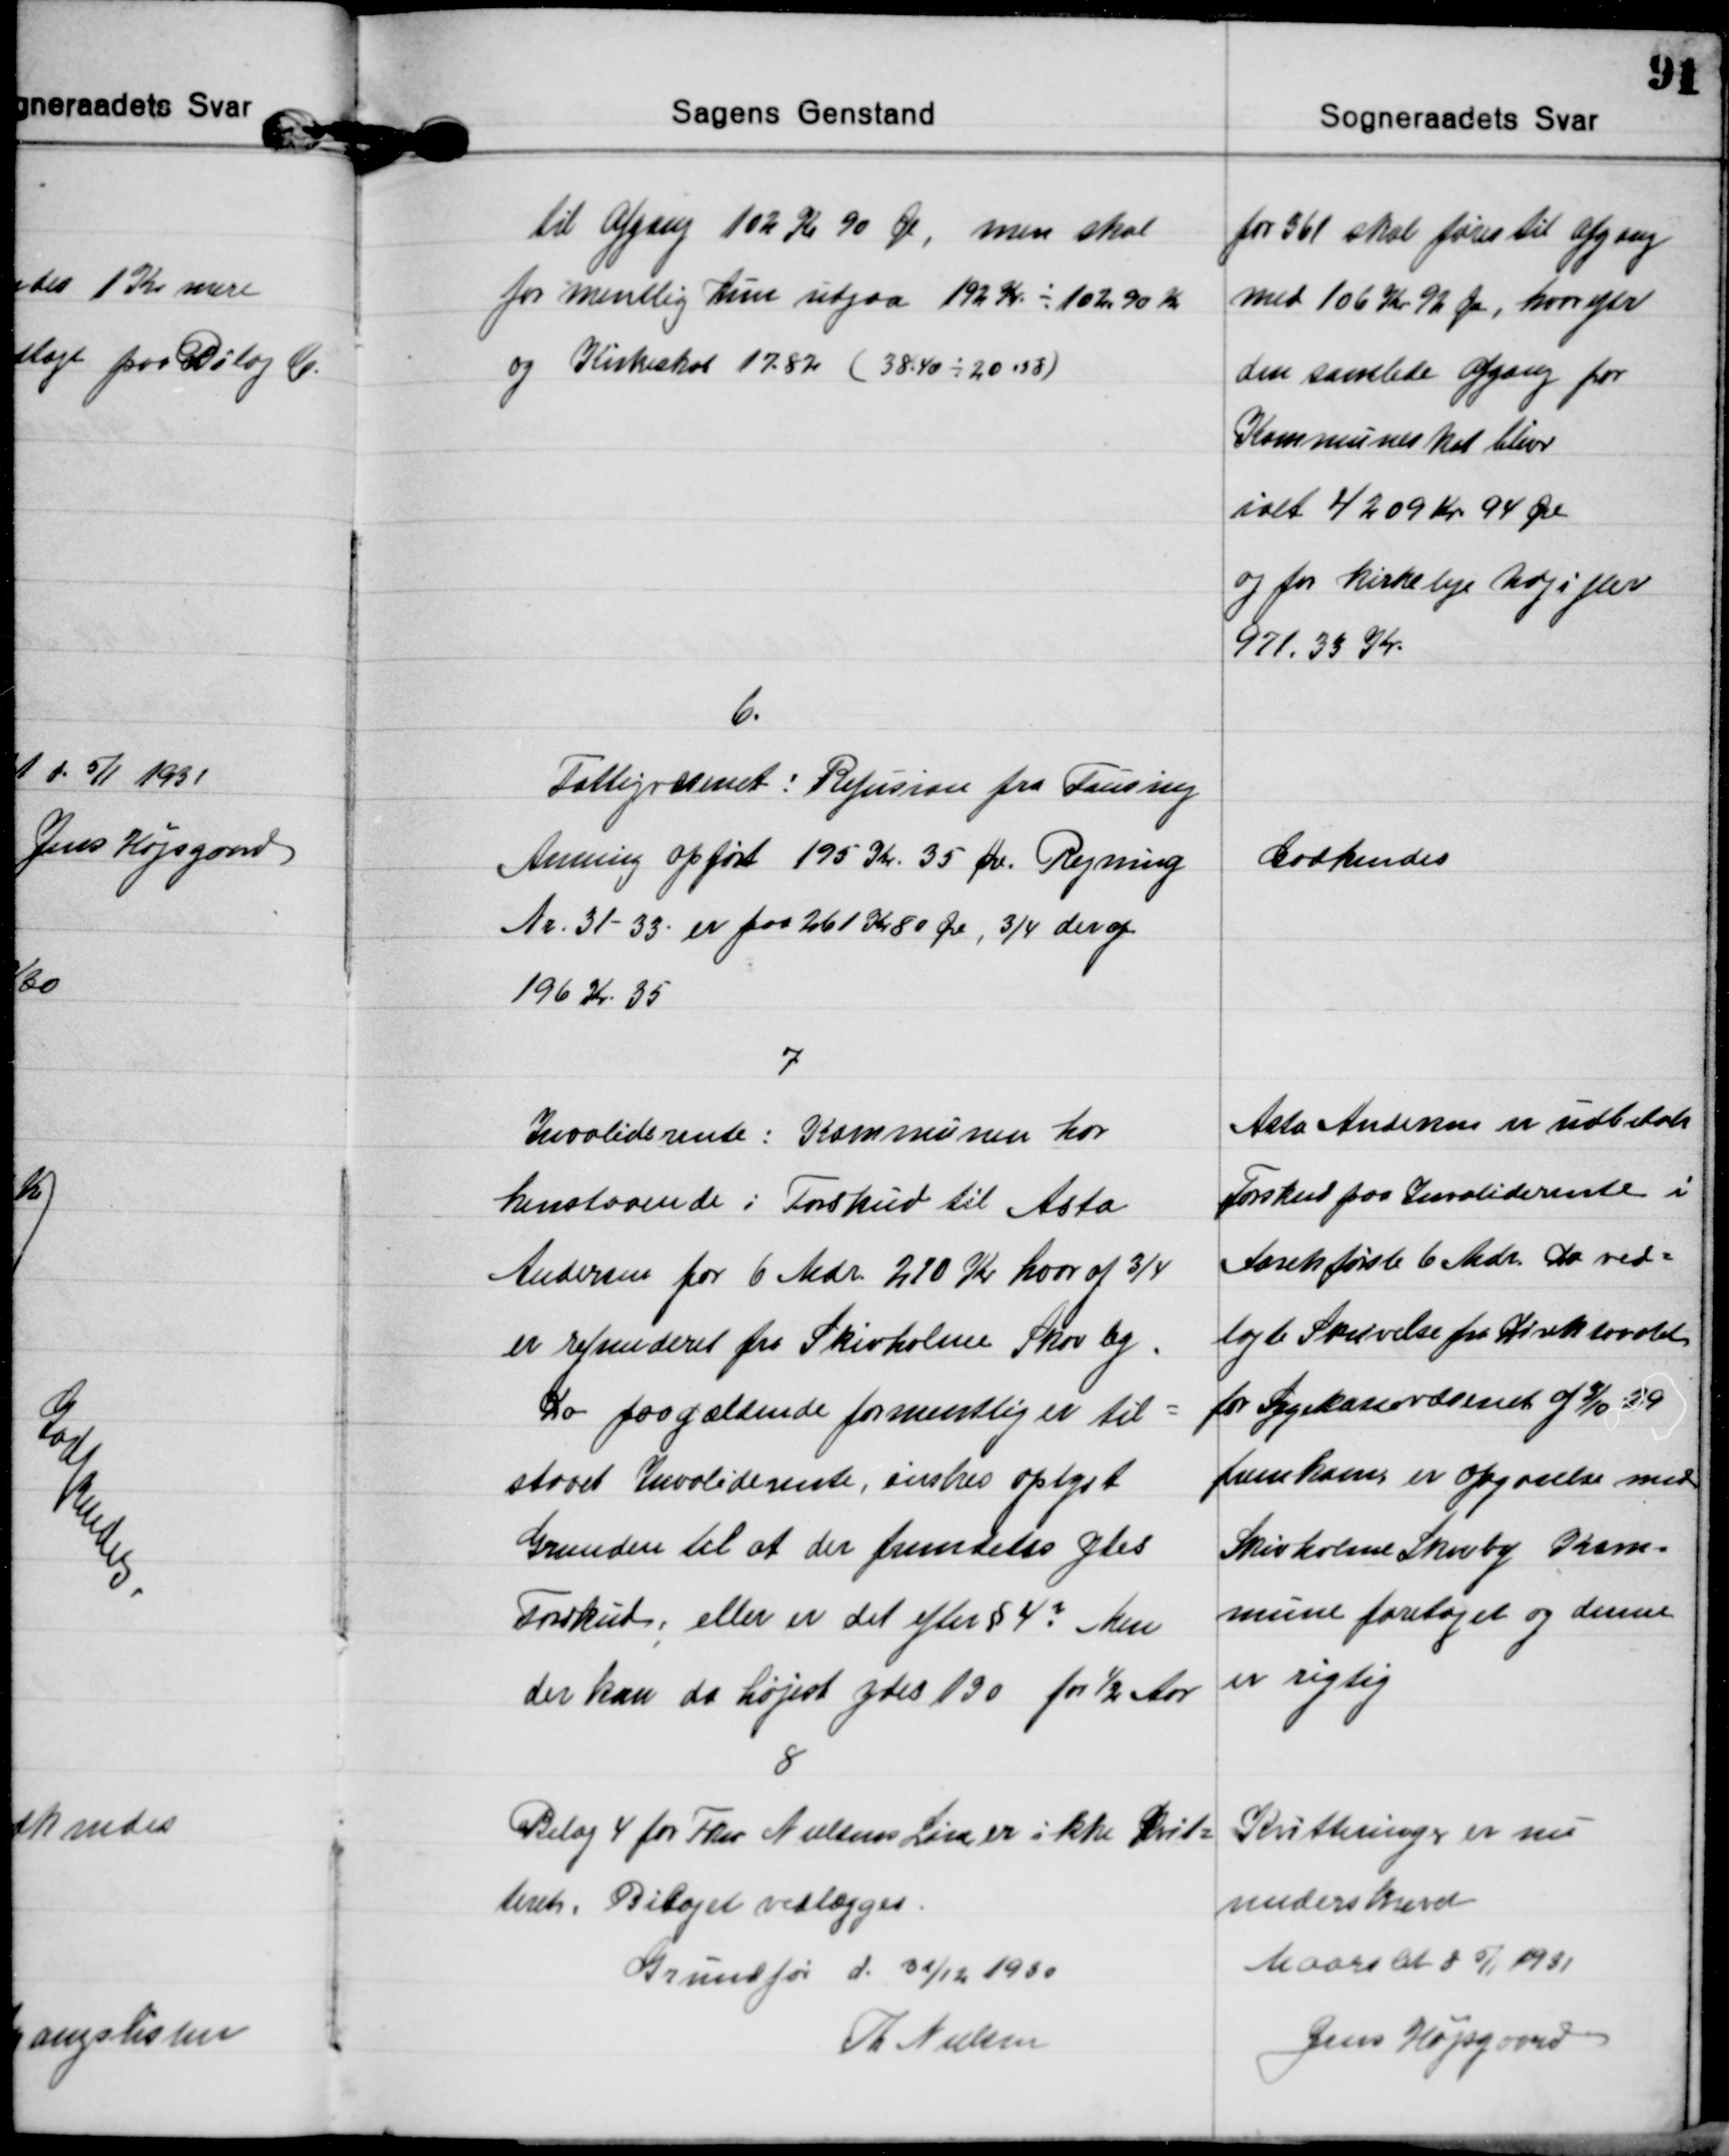
Transskription:
til Afgang 102 Kr 90 Øre, men skal
formentlig kun udgaa 192 Kr ÷ 102,90 Kr
og Kirkeskat 17.82 (38.40 ÷ 20.58)
for 361 skal føres til Afgang
med 106 Kr 92 Øre, hvorefter
den samlede Afgang for
Kommuneskat bliver
ialt 4209 Kr. 94 Øre
og for kirkelige Udgifter
971,35 Kr.

6.
Fattigvæsenet: Refusion fra Fausing
Auning opført 195 Kr 35 Øre. Regning
Nr. 31-33 er paa 261 Kr 80 Øre, ¾ deraf
196 Kr. 35
Godkendes

7
Invaliderente: Kommunen har
henstaaende i Forskud til Asta
Andersen for 6 Mdr. 270 Kr hvoraf ¾
er refunderet fra Skivholme Skovby.
Da paagældende formentlig er til=
staaet Invaliderente, ønskes oplyst
Grunden til at der fremdeles ydes
Forskud; eller er det efter § 4? Men
der kan da højest ydes 130 for ½ Aar.
Asta Andersen er udbetalt
Forskud paa Invaliderente i
Aarets første 6 Mdr. Da ved=
lagte Skrivelse fra Direktoratet
for Sygekassevæsenet af 3/10 - 29
fremkom, er Opgørelse med
Skivholme Skovby Kom=
mune foretaget og denne
er rigtig

8
Bilag 4 for Fkn. Nielsens Løn er ikke Kvit=
teret. Bilaget vedlægges.
Kvitteringer er nu
underskrevet

Grundfør d. 31/12 1930
Th. Nielsen

Maarslet d 5/1 1931
Jens Højsgaard